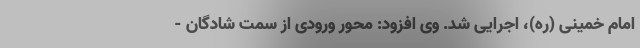
امام خمینی (ره)، اجرایی شد. وی افزود: محور ورودی از سمت شادگان -